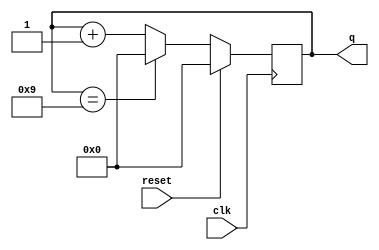
`timescale 1ns / 1ps
//////////////////////////////////////////////////////////////////////////////////
// Company: 
// Engineer: 
// 
// Design Name: 
// Module Name: decade_counter
// Project Name: 
// Target Devices: 
// Tool Versions: 
// Description: 
// 
// Dependencies: 
// 
// Revision:
// Revision 0.01 - File Created
// Additional Comments:
// 
//////////////////////////////////////////////////////////////////////////////////


module decade_counter(
input clk,
input reset,
output reg [3:0]q
    );
    always@(posedge clk)
    begin 
    if(reset)
    q <= 4'd0;
    else if (q ==4'd9) 
        q<=4'd0;
    else
    q <= q+4'd1;
    end
endmodule